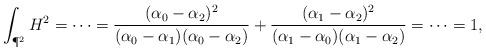
LaTeX: \begin{align*}\int_{\P^2}H^2=\dots=\frac{(\alpha_0-\alpha_2)^2}{(\alpha_0-\alpha_1)(\alpha_0-\alpha_2)}+\frac{(\alpha_1-\alpha_2)^2}{(\alpha_1-\alpha_0)(\alpha_1-\alpha_2)}=\dots=1,\end{align*}